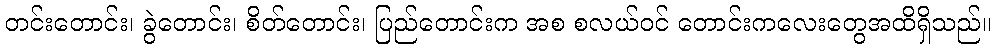
တင်းတောင်း၊ ခွဲတောင်း၊ စိတ်တောင်း၊ ပြည်တောင်းက အစ စလယ်ဝင် တောင်းကလေးတွေအထိရှိသည်။